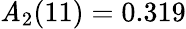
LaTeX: \mathit{A}_{2}(11)=0.319